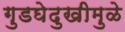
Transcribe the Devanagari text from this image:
गुडघेदुखीमुळे